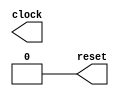
`timescale 1 ns / 100ps //time unit = 1ns; precision = 1/10 ns
module ClockGenerator(
  output reg clock,
  output reg reset
);
   
  always begin
    //50 MHz clock with 50% duty-cycle
    //use 10
    #0.1 clock = ~clock;
    
  end
  
 initial 
  begin
    clock = 0;
    reset = 1;
    #20 reset = 0;
  end
    
endmodule